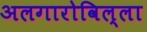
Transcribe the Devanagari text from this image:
अलगारोविल्ला